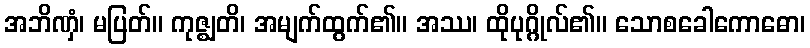
အဘိဏှံ၊ မပြတ်။ ကုဇ္ဈတိ၊ အမျက်ထွက်၏။ အဿ၊ ထိုပုဂ္ဂိုလ်၏။ သောစခေါကောဓော၊